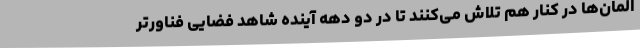
المان‌ها در کنار هم تلاش می‌کنند تا در دو دهه آینده شاهد فضایی فناورتر